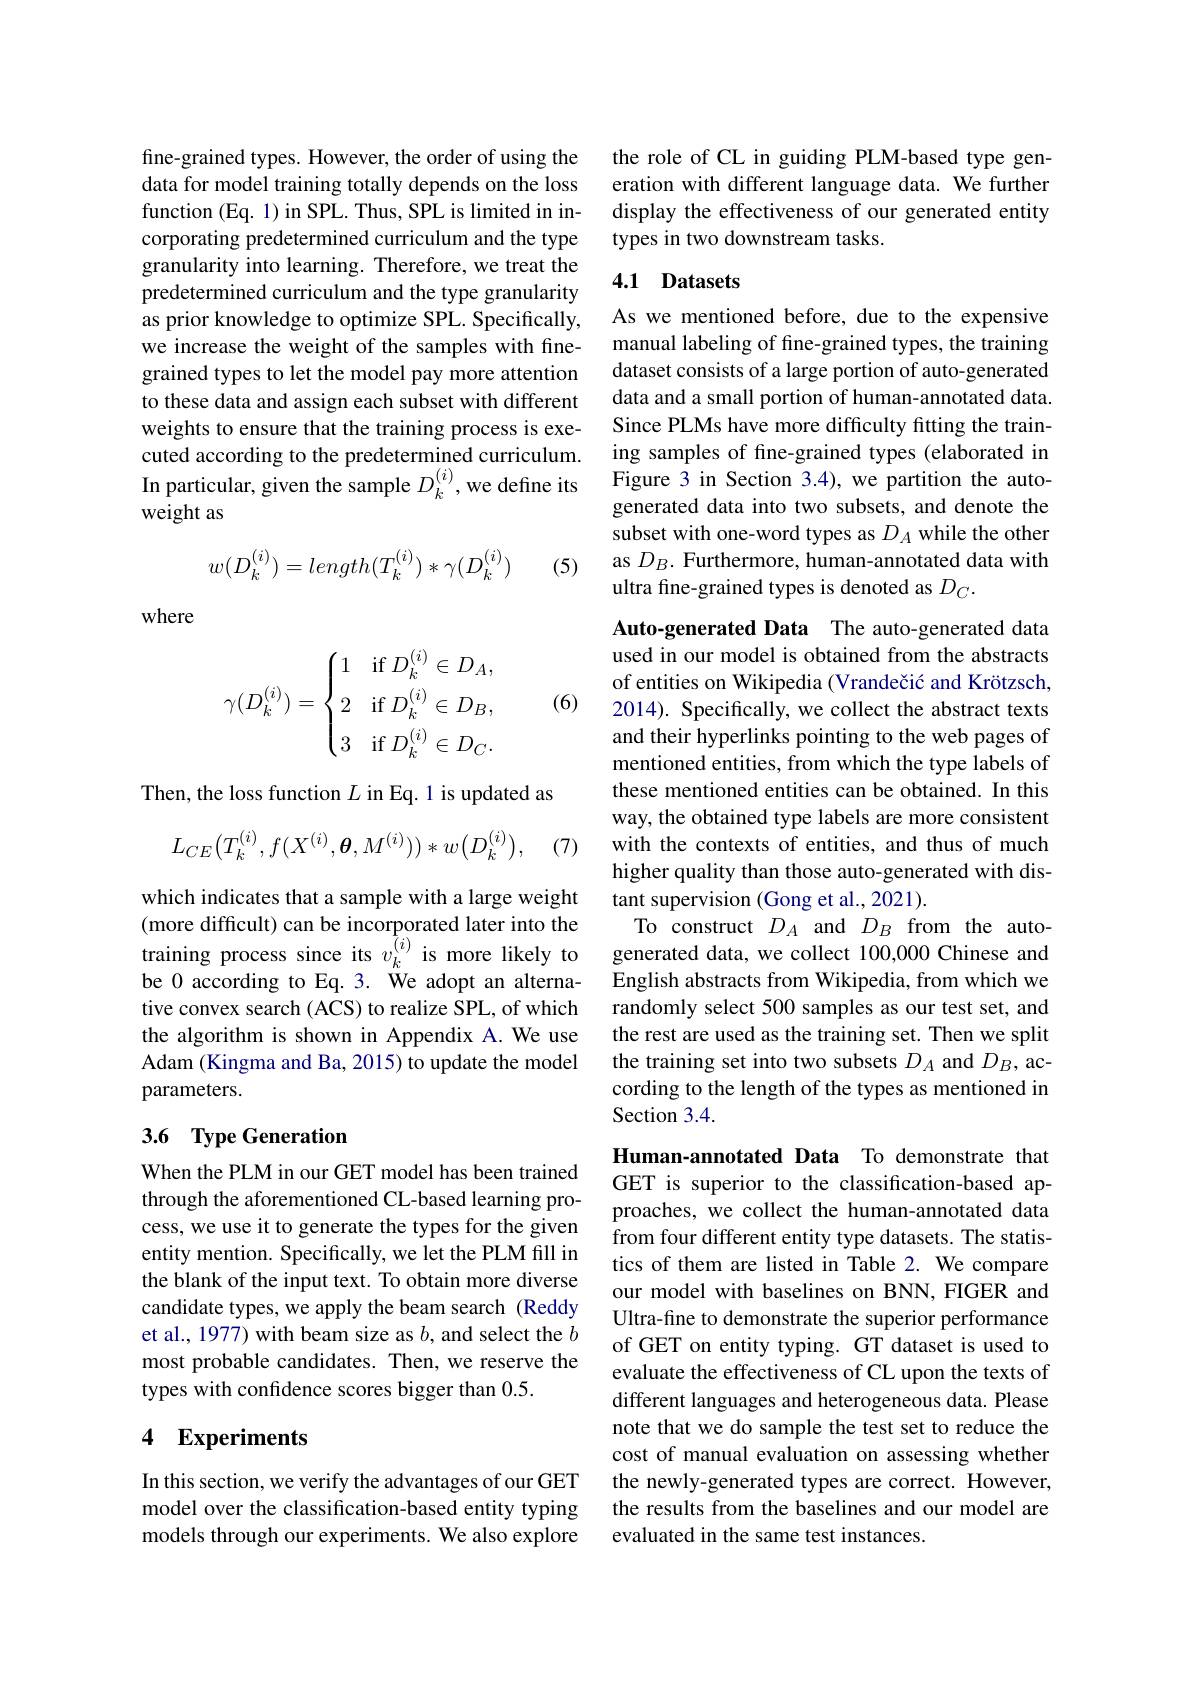
fine-grained types. However, the order of using the data for model training totally depends on the loss function (Eq. 1) in SPL. Thus, SPL is limited in incorporating predetermined curriculum and the type granularity into learning. Therefore, we treat the predetermined curriculum and the type granularity as prior knowledge to optimize SPL. Specifically, we increase the weight of the samples with finegrained types to let the model pay more attention to these data and assign each subset with different weights to ensure that the training process is executed according to the predetermined curriculum. In particular, given the sample $D_k^{(i)}$,we define its weight as
$$w(D_{k}^{(i)})=length(T_{k}^{(i)})*\gamma(D_{k}^{(i)})$$
(5)

where

(6)
$$\gamma(D_k^{(i)})=\begin{cases}1&\text{if}\:D_k^{(i)}\in D_A,\\2&\text{if}\:D_k^{(i)}\in D_B,\\[2ex]3&\text{if}\:D_k^{(i)}\in D_C.\end{cases}$$
Then, the loss function $L$ in Eq. 1 is updated as
$$L_{CE}\big(T_{k}^{(i)},f(X^{(i)},\boldsymbol{\theta},M^{(i)})\big)*w\big(D_{k}^{(i)}\big),$$
(7)

which indicates that a sample with a large weight (more difficult) can be incorporated later into the be 0 according to Eq. 3. We adopt an alternative convex search (ACS) to realize SPL, of which the algorithm is shown in Appendix A. We use Adam (Kingma and Ba, 2015) to update the model parameters.

### 3.6 Type Generation

When the PLM in our GET model has been trained through the aforementioned CL-based learning process, we use it to generate the types for the given entity mention. Specifically, we let the PLM fill in the blank of the input text. To obtain more diverse candidate types, we apply the beam search (Reddy et al., 1977) with beam size as $b$, and select the $b$ most probable candidates. Then, we reserve the types with confidence scores bigger than 0.5.

## 4 Experiments

In this section, we verify the advantages of our GET model over the classification-based entity typing models through our experiments. We also explore

the role of CL in guiding PLM-based type generation with different language data. We further display the effectiveness of our generated entity types in two downstream tasks.

## 4.1 Datasets

As we mentioned before, due to the expensive manual labeling of fine-grained types, the training dataset consists of a large portion of auto-generated data and a small portion of human-annotated data Since PLMs have more difficulty fitting the training samples of fine-grained types (elaborated in Figure 3 in Section 3.4), we partition the autogenerated data into two subsets, and denote the subset with one-word types as $D_A$ while the other as $D_B.$ Furthermore, human-annotated data with ultra fine-grained types is denoted as $D_C.$

Auto-generated Data The auto-generated data used in our model is obtained from the abstracts of entities on Wikipedia (Vrandečić and Krötzsch, 2014). Specifically, we collect the abstract texts and their hyperlinks pointing to the web pages of mentioned entities, from which the type labels of these mentioned entities can be obtained. In this way, the obtained type labels are more consistent with the contexts of entities, and thus of much higher quality than those auto-generated with distant supervision (Gong et al., 2021).
To construct $D_A$ and $D_B$ from the auto-
training process since its $v_k^{(i)}$ is more likely to generated data, we collect 100,0000 Chinese and
English abstracts from Wikipedia, from which we randomly select 500 samples as our test set, and the rest are used as the training set. Then we split the training set into two subsets $D_A$ and $D_B$, according to the length of the types as mentioned in Section 3.4.

Human-annotated Data To demonstrate that GET is superior to the classification-based approaches, we collect the human-annotated data from four different entity type datasets. The statistics of them are listed in Table 2. We compare our model with baselines on BNN, FIGER and Ultra-fine to demonstrate the superior performance of GET on entity typing. GT dataset is used to evaluate the effectiveness of CL upon the texts of different languages and heterogeneous data. Please note that we do sample the test set to reduce the cost of manual evaluation on assessing whether the newly-generated types are correct. However, the results from the baselines and our model are evaluated in the same test instances.